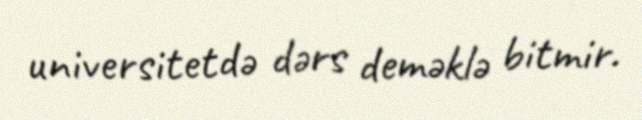
universitetdə dərs deməklə bitmir.